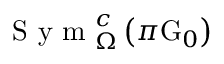
\textnormal { S y m } _ { \Omega } ^ { c } \left( \pi \mathrm { G } _ { 0 } \right)